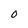
Character: 0